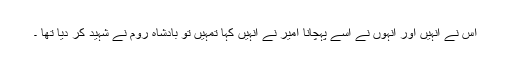
اس نے انہیں اور انہوں نے اسے پہچانا امیر نے انہیں کہا تمہیں تو بادشاہ روم نے شہید کر دیا تھا ۔